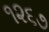
૧૨૬૭